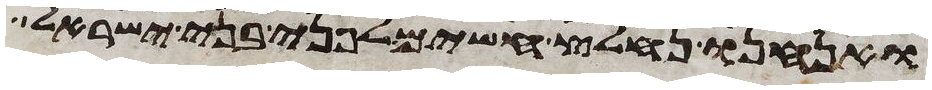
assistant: ואנחנו נחלץ חשים לפני בני ישראל